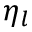
\eta _ { l }